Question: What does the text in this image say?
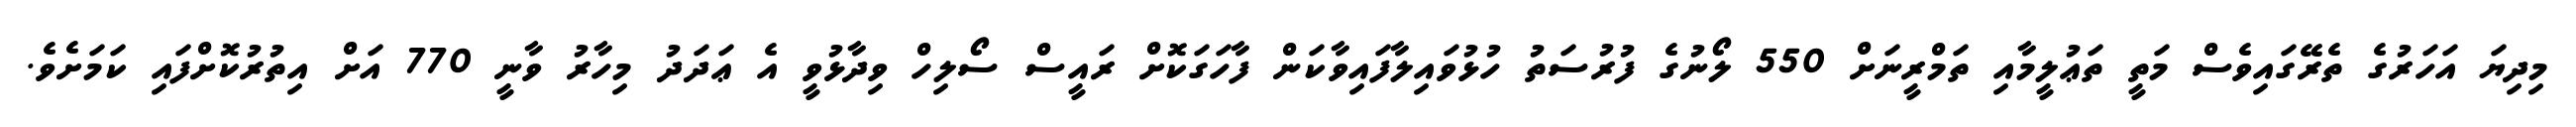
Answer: މިދިޔަ އަހަރުގެ ތެރޭގައިވެސް މަތީ ތަޢުލީމާއި ތަމްރީނަށް 550 ލޯނުގެ ފުރުސަތު ހުޅުވައިލާފައިވާކަން ފާހަގަކޮށް ރައީސް ސޯލިހް ވިދާޅުވީ އެ ޢަދަދު މިހާރު ވާނީ 770 އަށް އިތުރުކޮށްފައި ކަމަށެވެ.